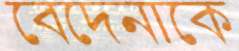
বেদেনাকে